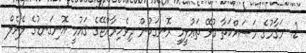
2. މަޤާމުގެ މަސައްކަތާ ގުޅޭ ތަޢުލީމީ ރޮނގަކުން ދިވެހިރާއްޖޭގެ ޤައުމީ އޮނިގަނޑުގެ ލެވެލް